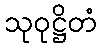
သုဝုဋ္ဌိတံ